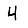
Digit: 4